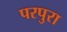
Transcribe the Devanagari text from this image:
परपुरा